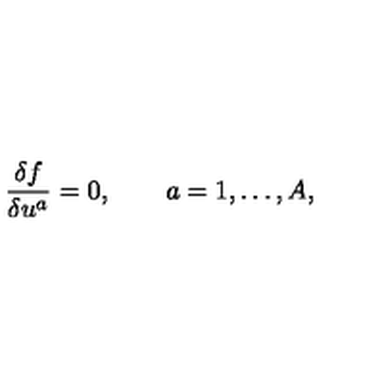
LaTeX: \frac { \delta f } { \delta u ^ { a } } = 0 , \qquad a = 1 , \ldots , A ,